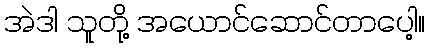
အဲဒါ သူတို့ အယောင်ဆောင်တာပေါ့။